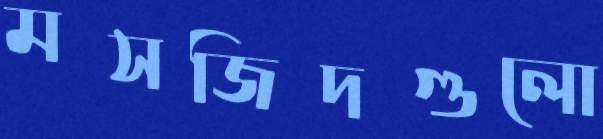
মসজিদগুলো